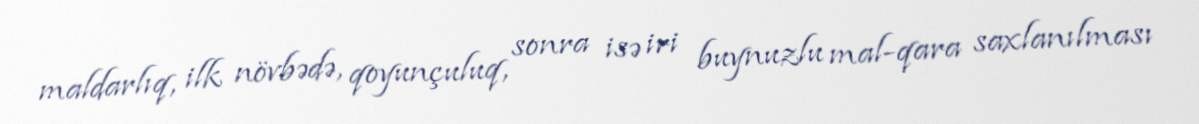
maldarlıq, ilk növbədə, qoyunçuluq, sonra isə iri buynuzlu mal-qara saxlanılması